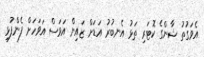
އެވަގުތު ޝާންގެ ކޮޓަރި ތަޅު އެނބުރު އަޑަށް ޒައިން އަވަސް އަވަހަށް ފެންފުޅި